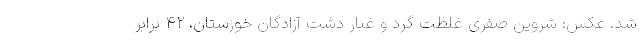
شد. عکس: شروین صفری غلظت گرد و غبار دشت آزادگان خوزستان، ۴۲ برابر